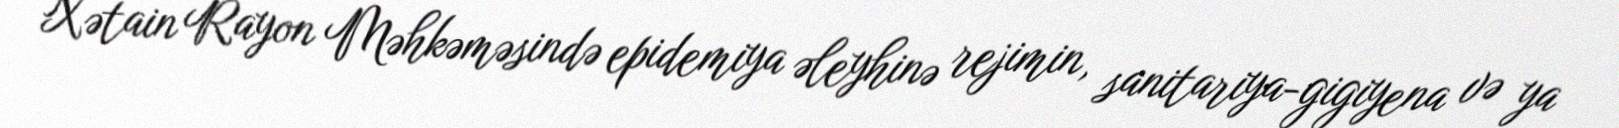
Xətain Rayon Məhkəməsində epidemiya əleyhinə rejimin, sanitariya-gigiyena və ya